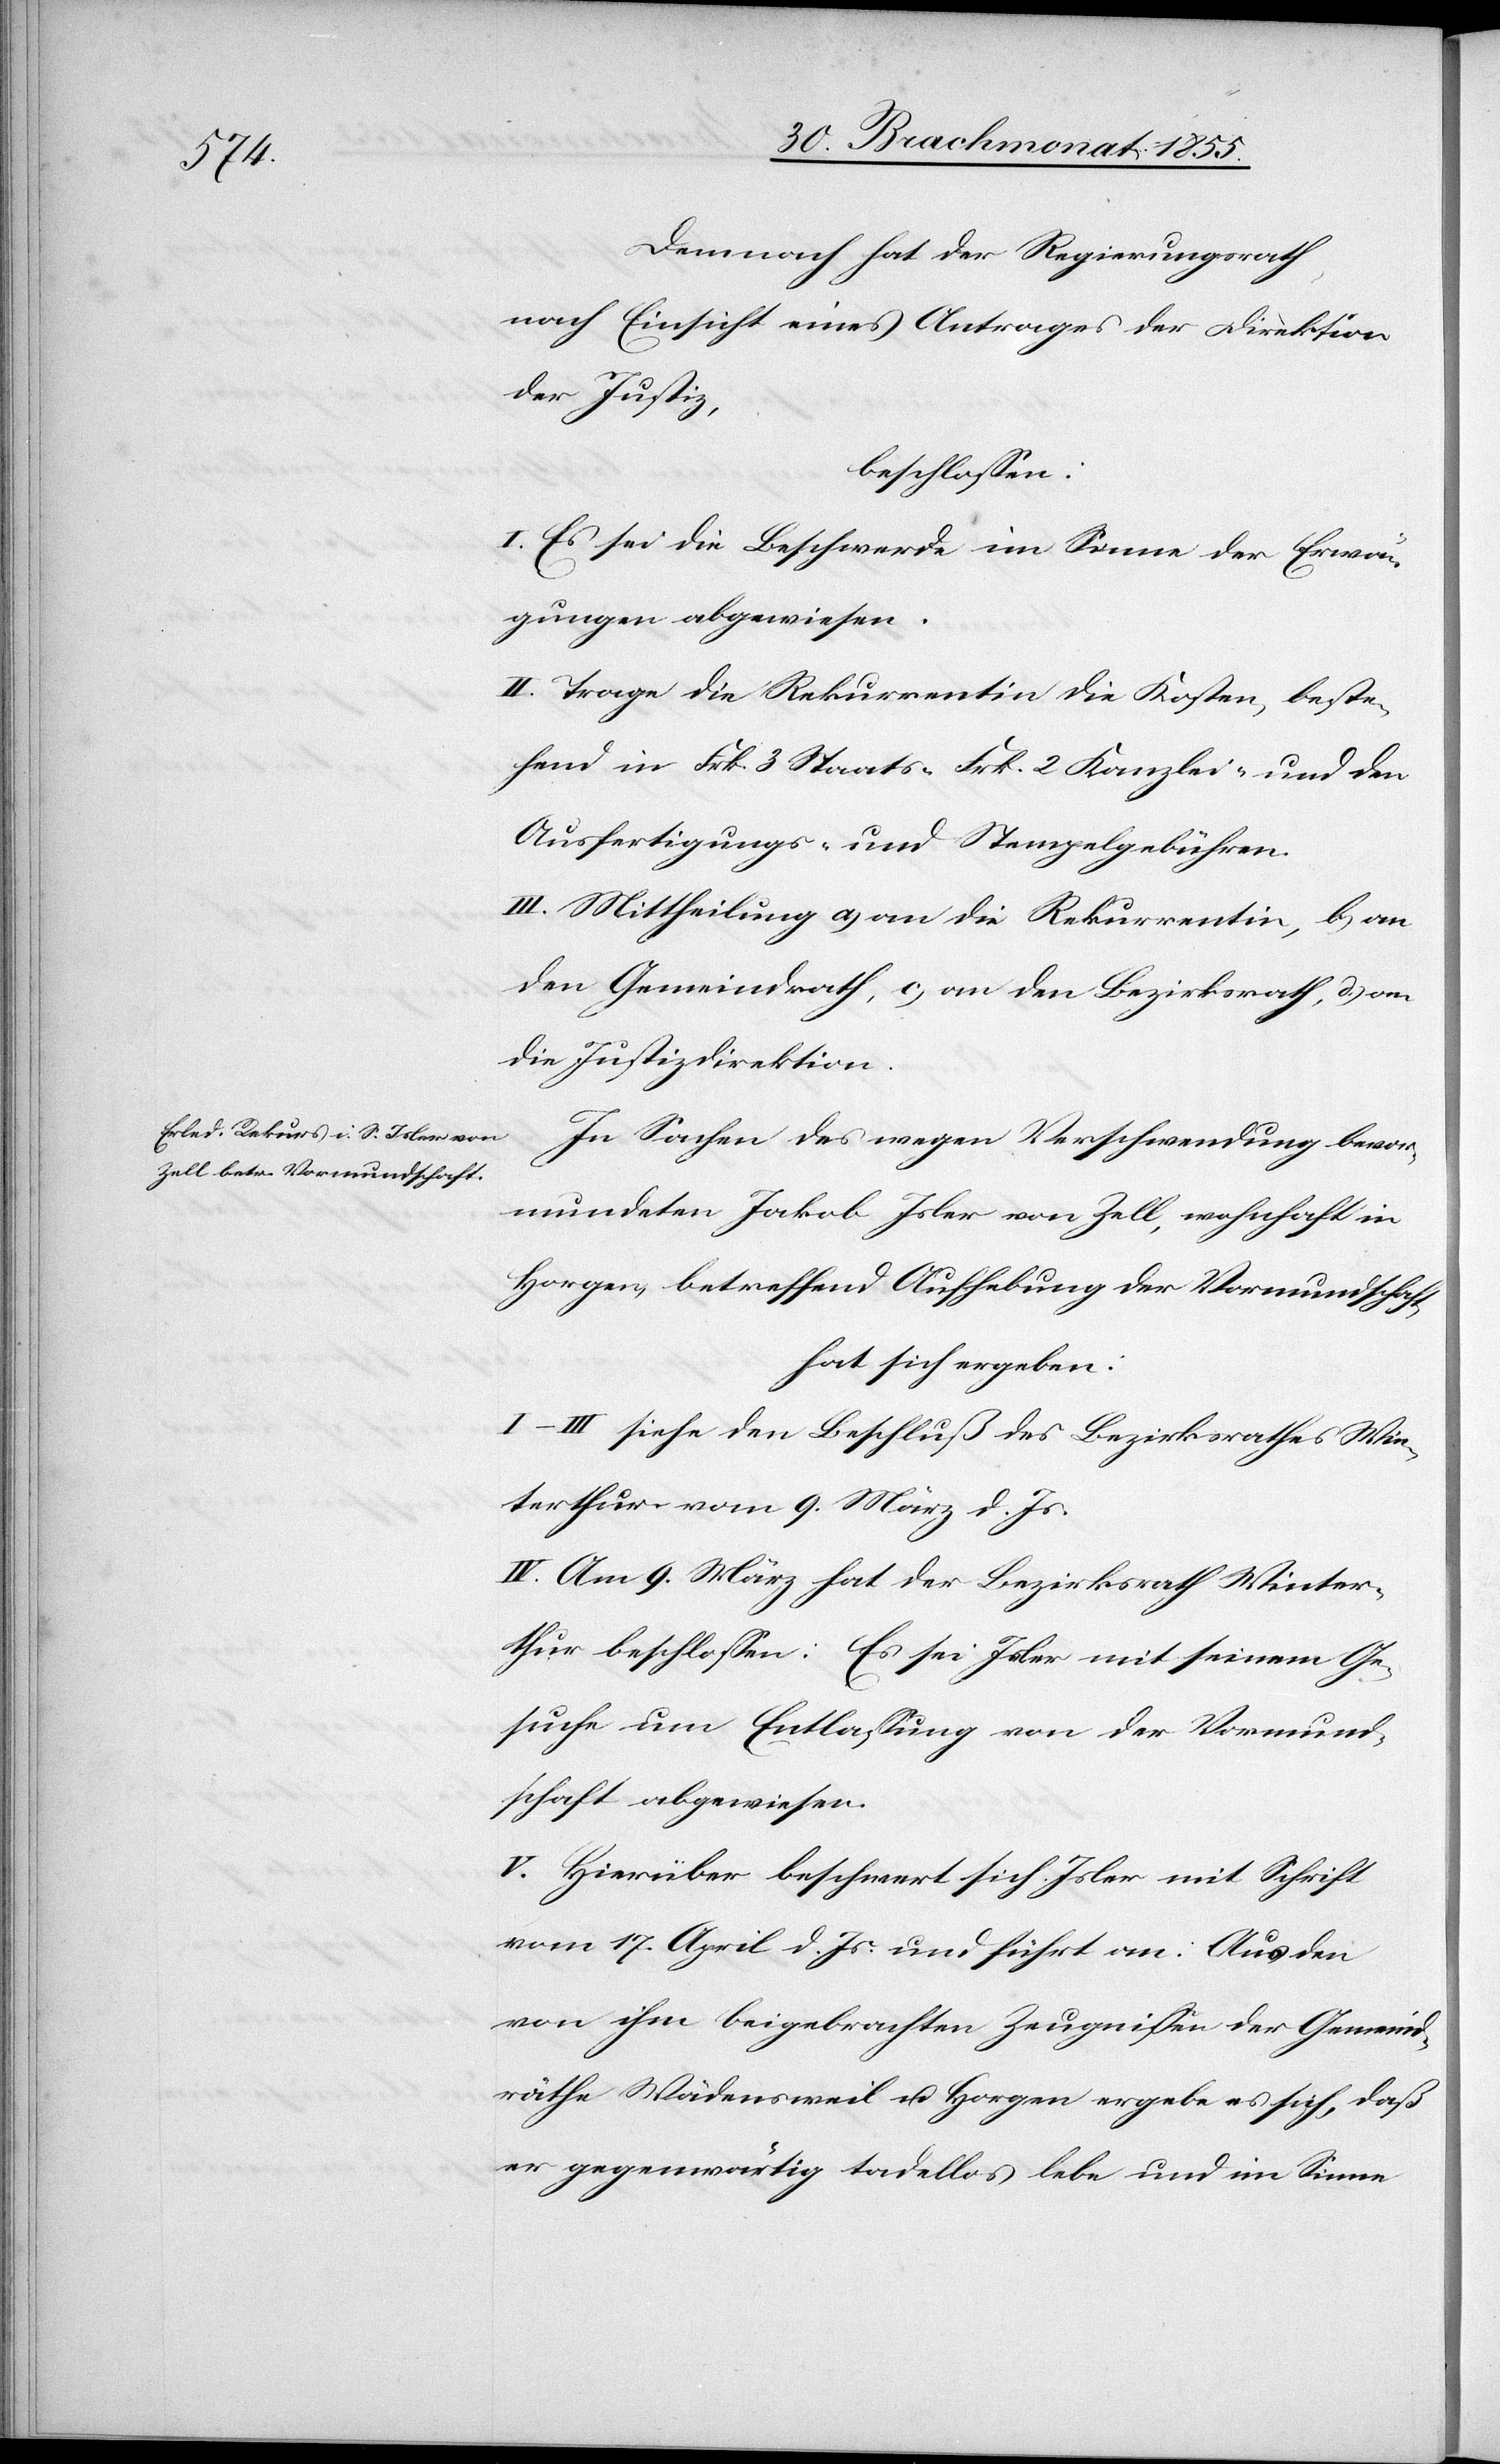
Demnach hat der Regierungsrath,
nach Einsicht eines Antrages der Direktion
der Justiz,
beschlossen:
I. Es sei die Beschwerde im Sinne der Erwä¬
gungen abgewiesen.
II. Trage die Rekurrentin die Kosten, beste¬
hend in Frk. 3 Staats-[,] Frk. 2 Kanzlei- und den
Ausfertigungs- und Stempelgebühren.
III. Mittheilung a) an die Rekurrentin, b) an
den Gemeindrath, c) an den Bezirksrath, d.) an
die Justizdirektion.
In Sachen des wegen Verschwendung bevor¬
mundeten Jakob Isler von Zell, wohnhaft in
Horgen, betreffend Aufhebung der Vormundschaft,
hat sich ergeben:
I–III siehe den Beschluß des Bezirksrathes Win¬
terthur vom 9. März d. Js.
IV. Am 9. März hat der Bezirksrath Winter¬
thur beschlossen: Es sei Isler mit seinem Ge¬
suche um Entlassung von der Vormund¬
schaft abgewiesen.
V. Hierüber beschwert sich Isler mit Schrift
vom 17. April d. Js. und führt an: Aus den
von ihm beigebrachten Zeugnissen der Gemeind¬
räthe Wädensweil u. Horgen ergebe es sich, daß
er gegenwärtig tadellos lebe und im Sinne